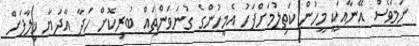
ނަމަވެސް އޭނާއަކީ މީހުން ކަތިލުމަށްފަހު އެމީހުންގެ ގުނަވަންތައް ބުރިކޮށް ހަދާ އާދަޔާ ޚިލާފަށް